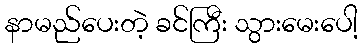
နာမည်ပေးတဲ့ ခင်ကြီး သွားမေးပေါ့